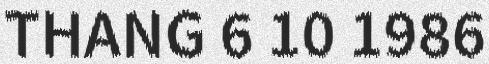
THANG 6 10 1986